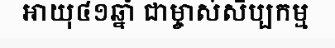
អាយុ៤១ឆ្នាំ ជាម្ចាស់សិប្បកម្ម